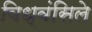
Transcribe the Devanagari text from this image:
विध्वंसिले